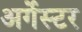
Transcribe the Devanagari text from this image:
अर्गेस्टर